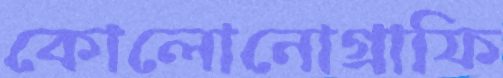
কোলোনোগ্রাফি